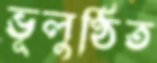
ভূলুণ্ঠিত